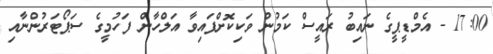
17:00 - އެމްޑީޕީގެ ނައިބު ރައީސް ކަމުން ވަކިކޮށްފައިވާ އަލްހާން ފަހުމީގެ ސަޕޯޓަރުންނާއި